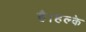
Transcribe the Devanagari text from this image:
है।हल्के